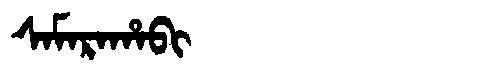
Manchu: ᠰᠠᠮᠠᡵᠠᡥᠠᠪᡳ
Romanization: SAMARAHABI